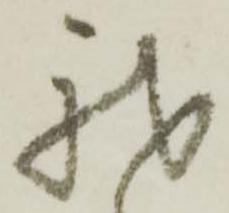
我